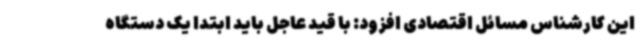
این کارشناس مسائل اقتصادی افزود: با قید عاجل باید ابتدا یک دستگاه